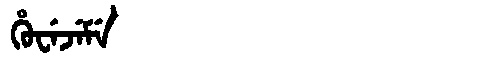
Manchu: ᡥᡠᠸᡝᠵᡝᠮᡝ
Romanization: HUWEJEME